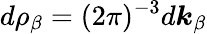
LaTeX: {d\rho_{\beta}=(2\pi)^{-3}d\boldsymbol{k}_{\beta}}